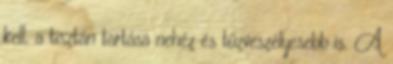
kell, a tisztán tartása nehéz és tűzveszélyesebb is. A